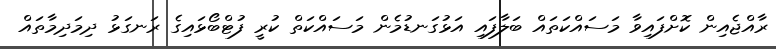
ރާއްޖެއިން ކޮށްފައިވާ މަސައްކަތައް ބަލާފައި އަޅުގަނޑުމެން މަސައްކަތް ކުރީ ފުޓްބޯޅައިގެ ރަނގަޅު ދިމަދިމާތައް